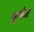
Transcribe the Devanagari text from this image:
सुलेज